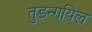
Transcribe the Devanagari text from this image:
तुडन्गयिल